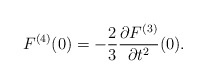
\begin{align*} F^{(4)}(0)=-\frac{2}{3}\frac{\partial F^{(3)}}{\partial t^2}(0).\end{align*}